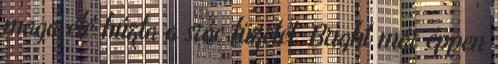
maga elé húzta a srác füzetét. Bright már éppen